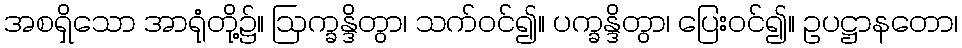
အစရှိသော အာရုံတို့၌။ ဩက္ခန္ဒိတွာ၊ သက်ဝင်၍။ ပက္ခန္ဒိတွာ၊ ပြေးဝင်၍။ ဥပဋ္ဌာနတော၊